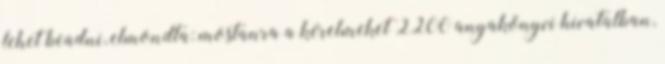
lehet beadni, elmondta: mostanra a kérelmeket 2200 anyakönyvi hivatalban,